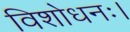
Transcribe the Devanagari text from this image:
विशोधनः।